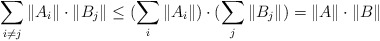
\begin{align*}\sum_{i \ne j} \|A_i\| \cdot \|B_j\| \leq (\sum_{i} \|A_i\| )\cdot(\sum_{j} \|B_j\| ) = \|A\| \cdot \|B\|\end{align*}